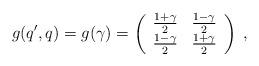
LaTeX: \begin{align*}g(q',q)=g(\gamma)=\left(\begin{array}{cc}\frac{1+\gamma}{2}&\frac{1-\gamma}{2}\\\frac{1-\gamma}{2}&\frac{1+\gamma}{2}\end{array}\right)\;,\end{align*}